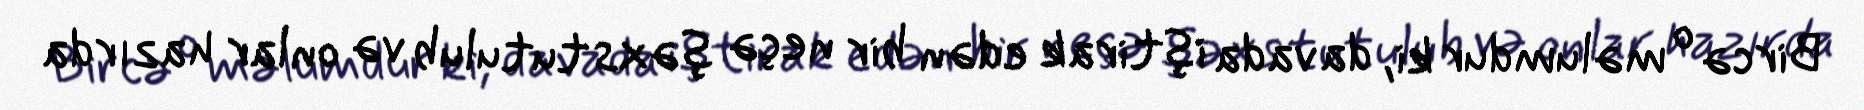
Bircə o məlumdur ki, davada iştirak edən bir neçə şəxs tutulub və onlar hazırda